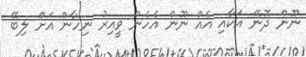
ނޫން ދޮނޭ އަކާއި އެއް ނޫން އެހެން ވީއިރު ނިހާން އަށް ލިބޭ